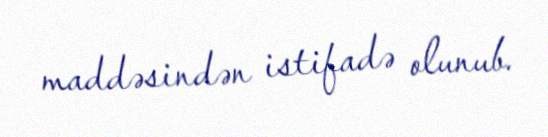
maddəsindən istifadə olunub.